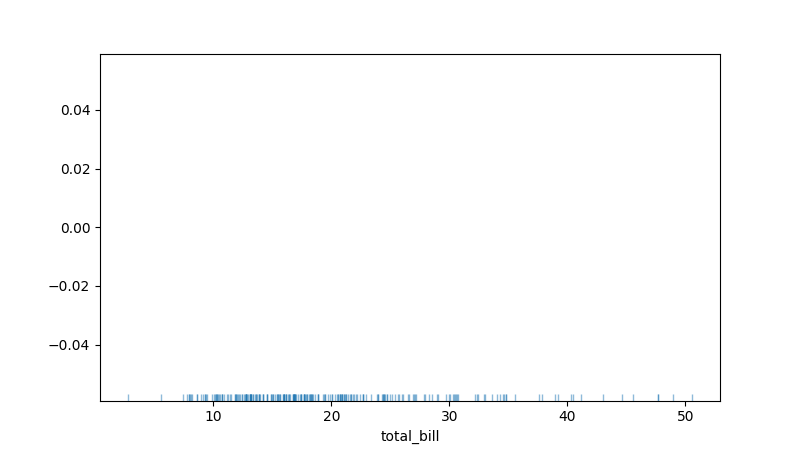
python, seaborn, rugplot, height=0.02, axis='x', alpha=0.5